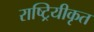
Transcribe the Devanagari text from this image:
राष्ट्रियीकृत